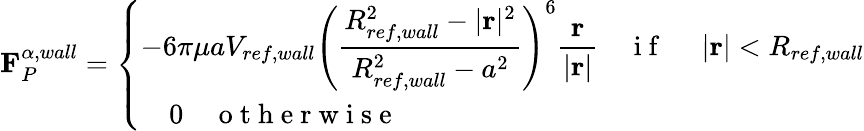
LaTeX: \mathbf{F}_{P}^{\alpha,wall}=\left\{ \begin{array}{ll}{\displaystyle-6\pi\mu aV_{ref,wall}\left(\frac{R_{ref,wall}^{2}-|\mathbf{r}|^{2}}{R_{ref,wall}^{2}-a^{2}}\right)^{6}\frac{\mathbf{r}}{|\mathbf{r}|}\quad\mathrm{~i~f~\ }\quad|\mathbf{r}|<R_{ref,wall}}\\ {\displaystyle\quad 0\quad\mathrm{~o~t~h~e~r~w~i~s~e~\ }}\end{array}\right.